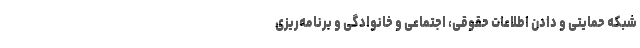
شبکه حمایتی و دادن اطلاعات حقوقی، اجتماعی و خانوادگی و برنامه‌ریزی